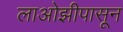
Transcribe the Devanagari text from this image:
लाओझीपासून